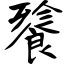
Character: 餮